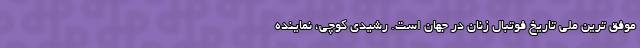
موفق ترین ملی تاریخ فوتبال زنان در جهان است. رشیدی کوچی، نماینده